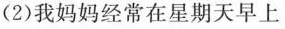
(2)我妈妈经常在星期天早上